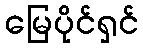
မြေပိုင်ရှင်